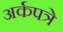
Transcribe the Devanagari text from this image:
अर्कपत्रे